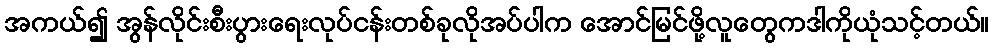
အကယ်၍ အွန်လိုင်းစီးပွားရေးလုပ်ငန်းတစ်ခုလိုအပ်ပါက အောင်မြင်ဖို့လူတွေကဒါကိုယုံသင့်တယ်။